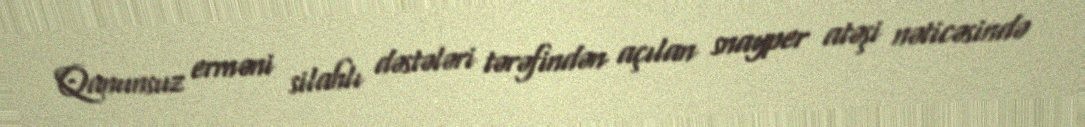
Qanunsuz erməni silahlı dəstələri tərəfindən açılan snayper atəşi nəticəsində